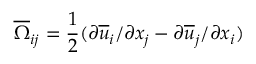
\overline { { \Omega } } _ { i j } = \frac { 1 } { 2 } ( \partial { \overline { { u } } _ { i } } / \partial { x _ { j } } - \partial { \overline { { u } } _ { j } } / \partial { x _ { i } } )